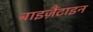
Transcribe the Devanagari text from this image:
बाइज़ैंटाइन